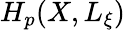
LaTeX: H_{p}(X,L_{\xi})